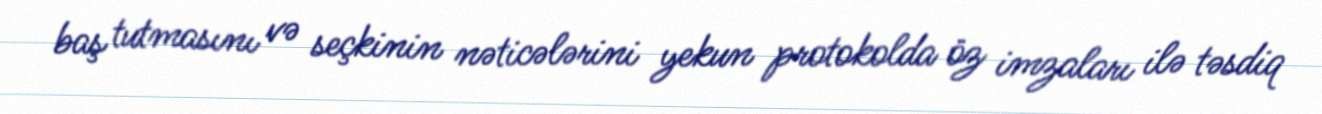
baş tutmasını və seçkinin nəticələrini yekun protokolda öz imzaları ilə təsdiq